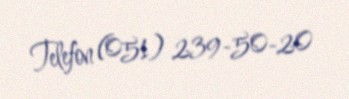
Telefon (051) 239-50-20